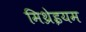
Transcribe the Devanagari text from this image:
मिथ्रेइयम